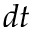
d t